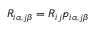
R _ { i \alpha , j \beta } = R _ { i j } p _ { i \alpha , j \beta }